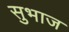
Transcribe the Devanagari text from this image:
सुभाज